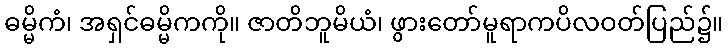
ဓမ္မိကံ၊ အရှင်ဓမ္မိကကို။ ဇာတိဘူမိယံ၊ ဖွားတော်မူရာကပိလဝတ်ပြည်၌။